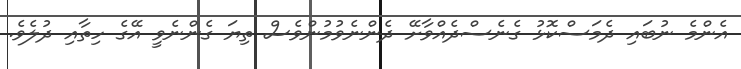
އެންމެ ނުބައި ދެމަސްކޮޅު ގެނެސްދެއްވާށޭ ދެންނެވުމުންވެސް ތިޔަ ގެންނެވީ އޭގެ ހިތާއި ދުލެވެ.